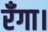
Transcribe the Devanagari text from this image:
रँगा।